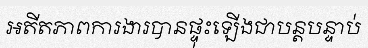
អតីតភាពការងារបានផ្ទុះឡើងជាបន្តបន្ទាប់